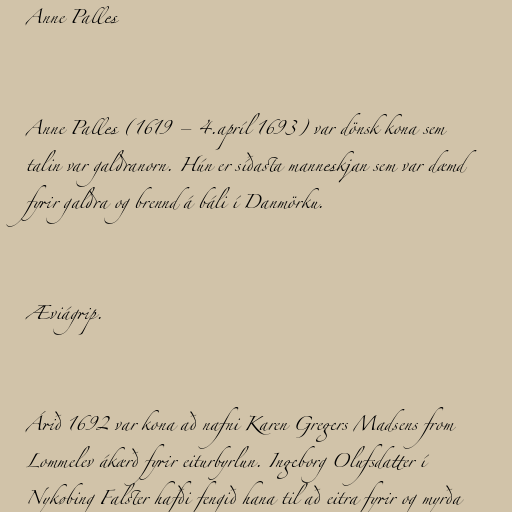
Anne Palles

Anne Palles (1619 – 4.apríl 1693) var dönsk kona sem
talin var galdranorn. Hún er síðasta manneskjan sem var dæmd
fyrir galdra og brennd á báli í Danmörku.

Æviágrip.

Árið 1692 var kona að nafni Karen Gregers Madsens from
Lommelev ákærð fyrir eiturbyrlun. Ingeborg Olufsdatter í
Nykøbing Falster hafði fengið hana til að eitra fyrir og myrða